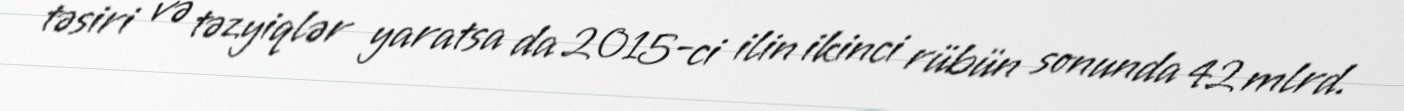
təsiri və təzyiqlər yaratsa da 2015-ci ilin ikinci rübün sonunda 42 mlrd.